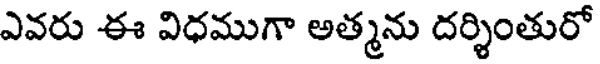
ఎవరు ఈ విధముగా అత్మను దర్శింతురో